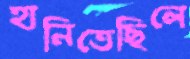
হানিতেছিলে